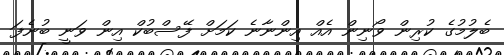
ބެލުމުގެ ކުރިން ވޯނިން އެއް އިންނާނެ ކަމަށް ފޭސްބުކް އިން ވަނީ ބުނެފަ